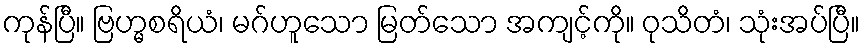
ကုန်ပြီ။ ဗြဟ္မစရိယံ၊ မဂ်ဟူသော မြတ်သော အကျင့်ကို။ ဝုသိတံ၊ သုံးအပ်ပြီ။